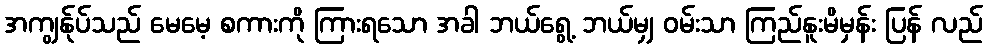
အကျွန်ုပ်သည် မေမေ့ စကားကို ကြားရသော အခါ ဘယ်ရွေ့ ဘယ်မျှ ဝမ်းသာ ကြည်နူးမိမှန်း ပြန် လည်